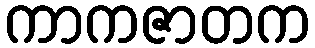
ကာကဇာတက